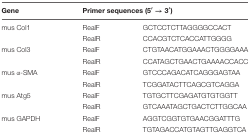
<table><thead><tr><td><b>Gene</b></td><td colspan="2"><b>Primer sequences (5′ → 3′)</b></td></tr></thead><tbody><tr><td>mus Col1</td><td>RealF</td><td>GCTCCTCTTAGGGGCCACT</td></tr><tr><td></td><td>RealR</td><td>CCACGTCTCACCATTGGGG</td></tr><tr><td>mus Col3</td><td>RealF</td><td>CTGTAACATGGAAACTGGGGAAA</td></tr><tr><td></td><td>RealR</td><td>CCATAGCTGAACTGAAAACCACC</td></tr><tr><td>mus α-SMA</td><td>RealF</td><td>GTCCCAGACATCAGGGAGTAA</td></tr><tr><td></td><td>RealR</td><td>TCGGATACTTCAGCGTCAGGA</td></tr><tr><td>mus Atg5</td><td>RealF</td><td>TGTGCTTCGAGATGTGTGGTT</td></tr><tr><td></td><td>RealR</td><td>GTCAAATAGCTGACTCTTGGCAA</td></tr><tr><td>mus GAPDH</td><td>RealF</td><td>AGGTCGGTGTGAACGGATTTG</td></tr><tr><td></td><td>RealR</td><td>TGTAGACCATGTAGTTGAGGTCA</td></tr></tbody></table>